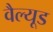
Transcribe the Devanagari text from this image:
वैल्यूड